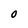
Character: O